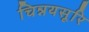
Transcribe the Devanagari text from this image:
चिन्नयसूरि